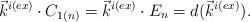
LaTeX: \begin{align*}\vec{k}^{i(ex)} \cdot C_{1(n)}=\vec{k}^{i(ex)} \cdot E_n=d(\vec{k}^{i(ex)}).\end{align*}